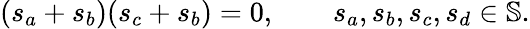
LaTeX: \begin{array}{r}{(s_{a}+s_{b})(s_{c}+s_{b})=0,\qquad s_{a},s_{b},s_{c},s_{d}\in\mathbb{S}.}\end{array}